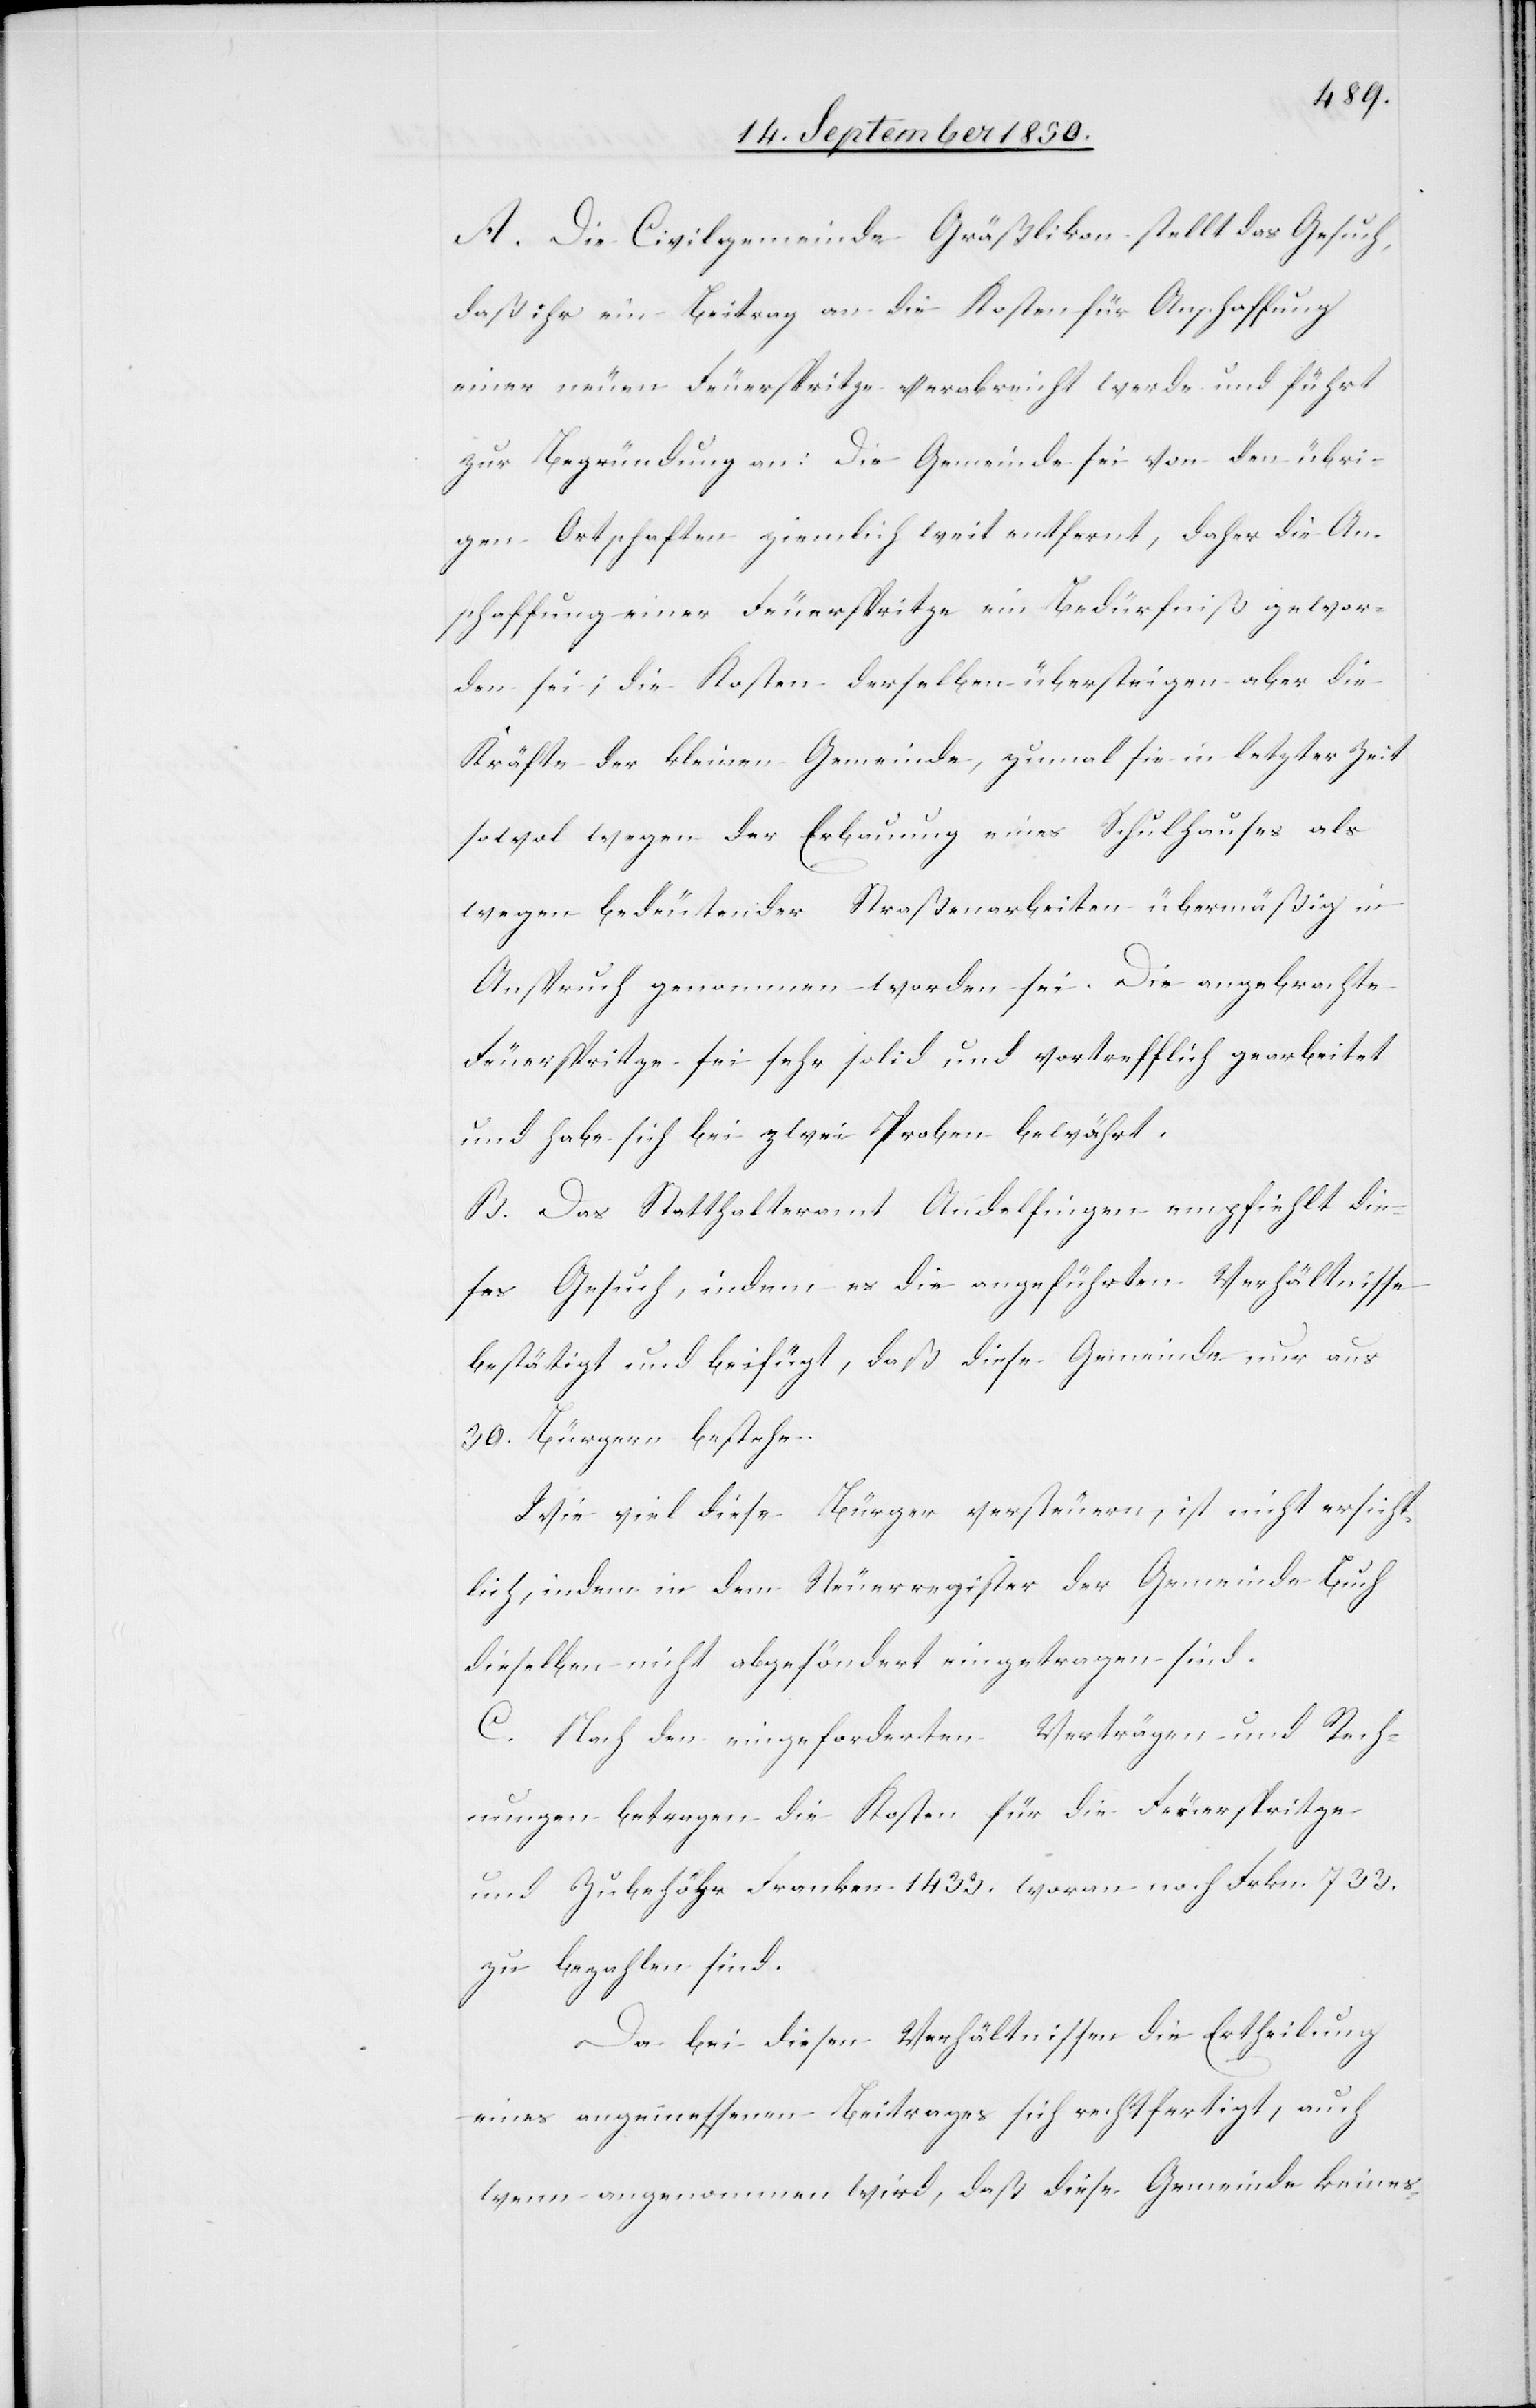
A. Die Civilgemeinde Gräßlikon stellt das Gesuch,
daß ihr ein Beitrag an die Kosten für Anschaffung
einer neuen Feuerspritze verabreicht werde und führt
zur Begründung an: Die Gemeinde sei von den übri¬
gen Ortschaften ziemlich weit entfernt, daher die An¬
schaffung einer Feuerspritze ein Bedürfniß gewor¬
den sei; die Kosten derselben übersteigen aber die
Kräfte der kleinen Gemeinde, zumal sie in letzter Zeit
sowol wegen der Erbauung eines Schulhauses als
wegen bedeutender Straßenarbeiten übermäßig in
Anspruch genommen worden sei. Die angebrachte
Feuerspritze sei sehr solid und vortrefflich gearbeitet
und habe sich bei zwei Proben bewährt.
B. Das Statthalteramt Andelfingen empfiehlt die¬
ses Gesuch, indem es die angeführten Verhältnisse
bestätigt und beifügt, daß diese Gemeinde nur aus
30. Bürgern bestehe.
Wie viel diese Bürger versteuern, ist nicht ersicht¬
lich, indem in dem Steuerregister der Gemeinde Buch
dieselben nicht abgesöndert eingetragen sind.
C. Nach den eingeforderten Verträgen und Rech¬
nungen betragen die Kosten für die Feuerspritze
und Zubehöhr Franken 1433. woran noch Frkn. 733.
zu bezahlen sind.
Da bei diesen Verhältnissen die Ertheilung
eines angemessenen Beitrages sich rechtfertigt, auch
wenn angenommen wird, daß diese Gemeinde keines-